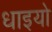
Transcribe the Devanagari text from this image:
धाइयो